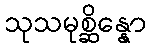
သုသမုစ္ဆိန္နော